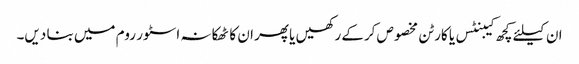
ان کیلئے کچھ کیبنٹس یا کارٹن مخصوص کرکے رکھیں یا پھر ان کا ٹھکانہ اسٹور روم میں بنا دیں۔